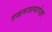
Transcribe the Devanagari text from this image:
तळमजल्यापेक्षा